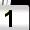
Digit: 1